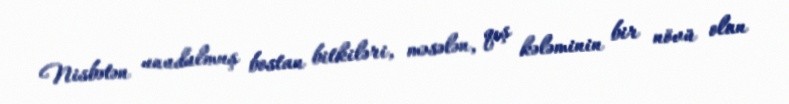
Nisbətən unudulmuş bostan bitkiləri, məsələn, qış kələminin bir növü olan